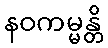
နဝကမ္မန္တိ